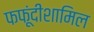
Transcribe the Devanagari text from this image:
फफूंदीशामिल